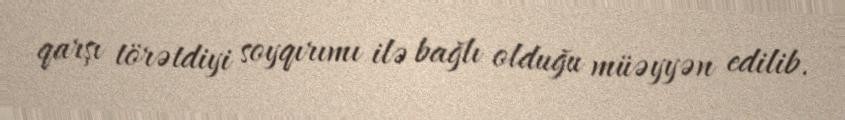
qarşı törətdiyi soyqırımı ilə bağlı olduğu müəyyən edilib.